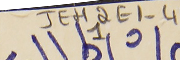
JEH2E1-411